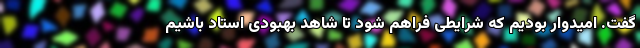
گفت. امیدوار بودیم که شرایطی فراهم شود تا شاهد بهبودی استاد باشیم